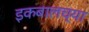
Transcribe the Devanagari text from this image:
इकबालच्या